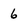
Character: 6